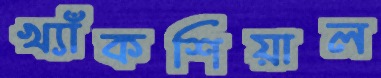
খ্যাঁকশিয়াল